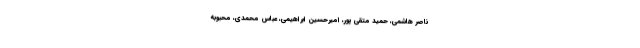
ناصر هاشمی، حمید متقی پور، امیرحسین ابراهیمی، عباس محمدی، محبوبه